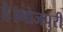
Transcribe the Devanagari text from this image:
है।भोजपुरी